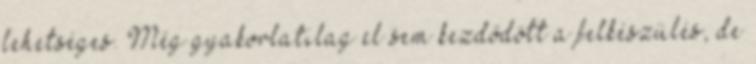
lehetséges. Még gyakorlatilag el sem kezdődött a felkészülés, de